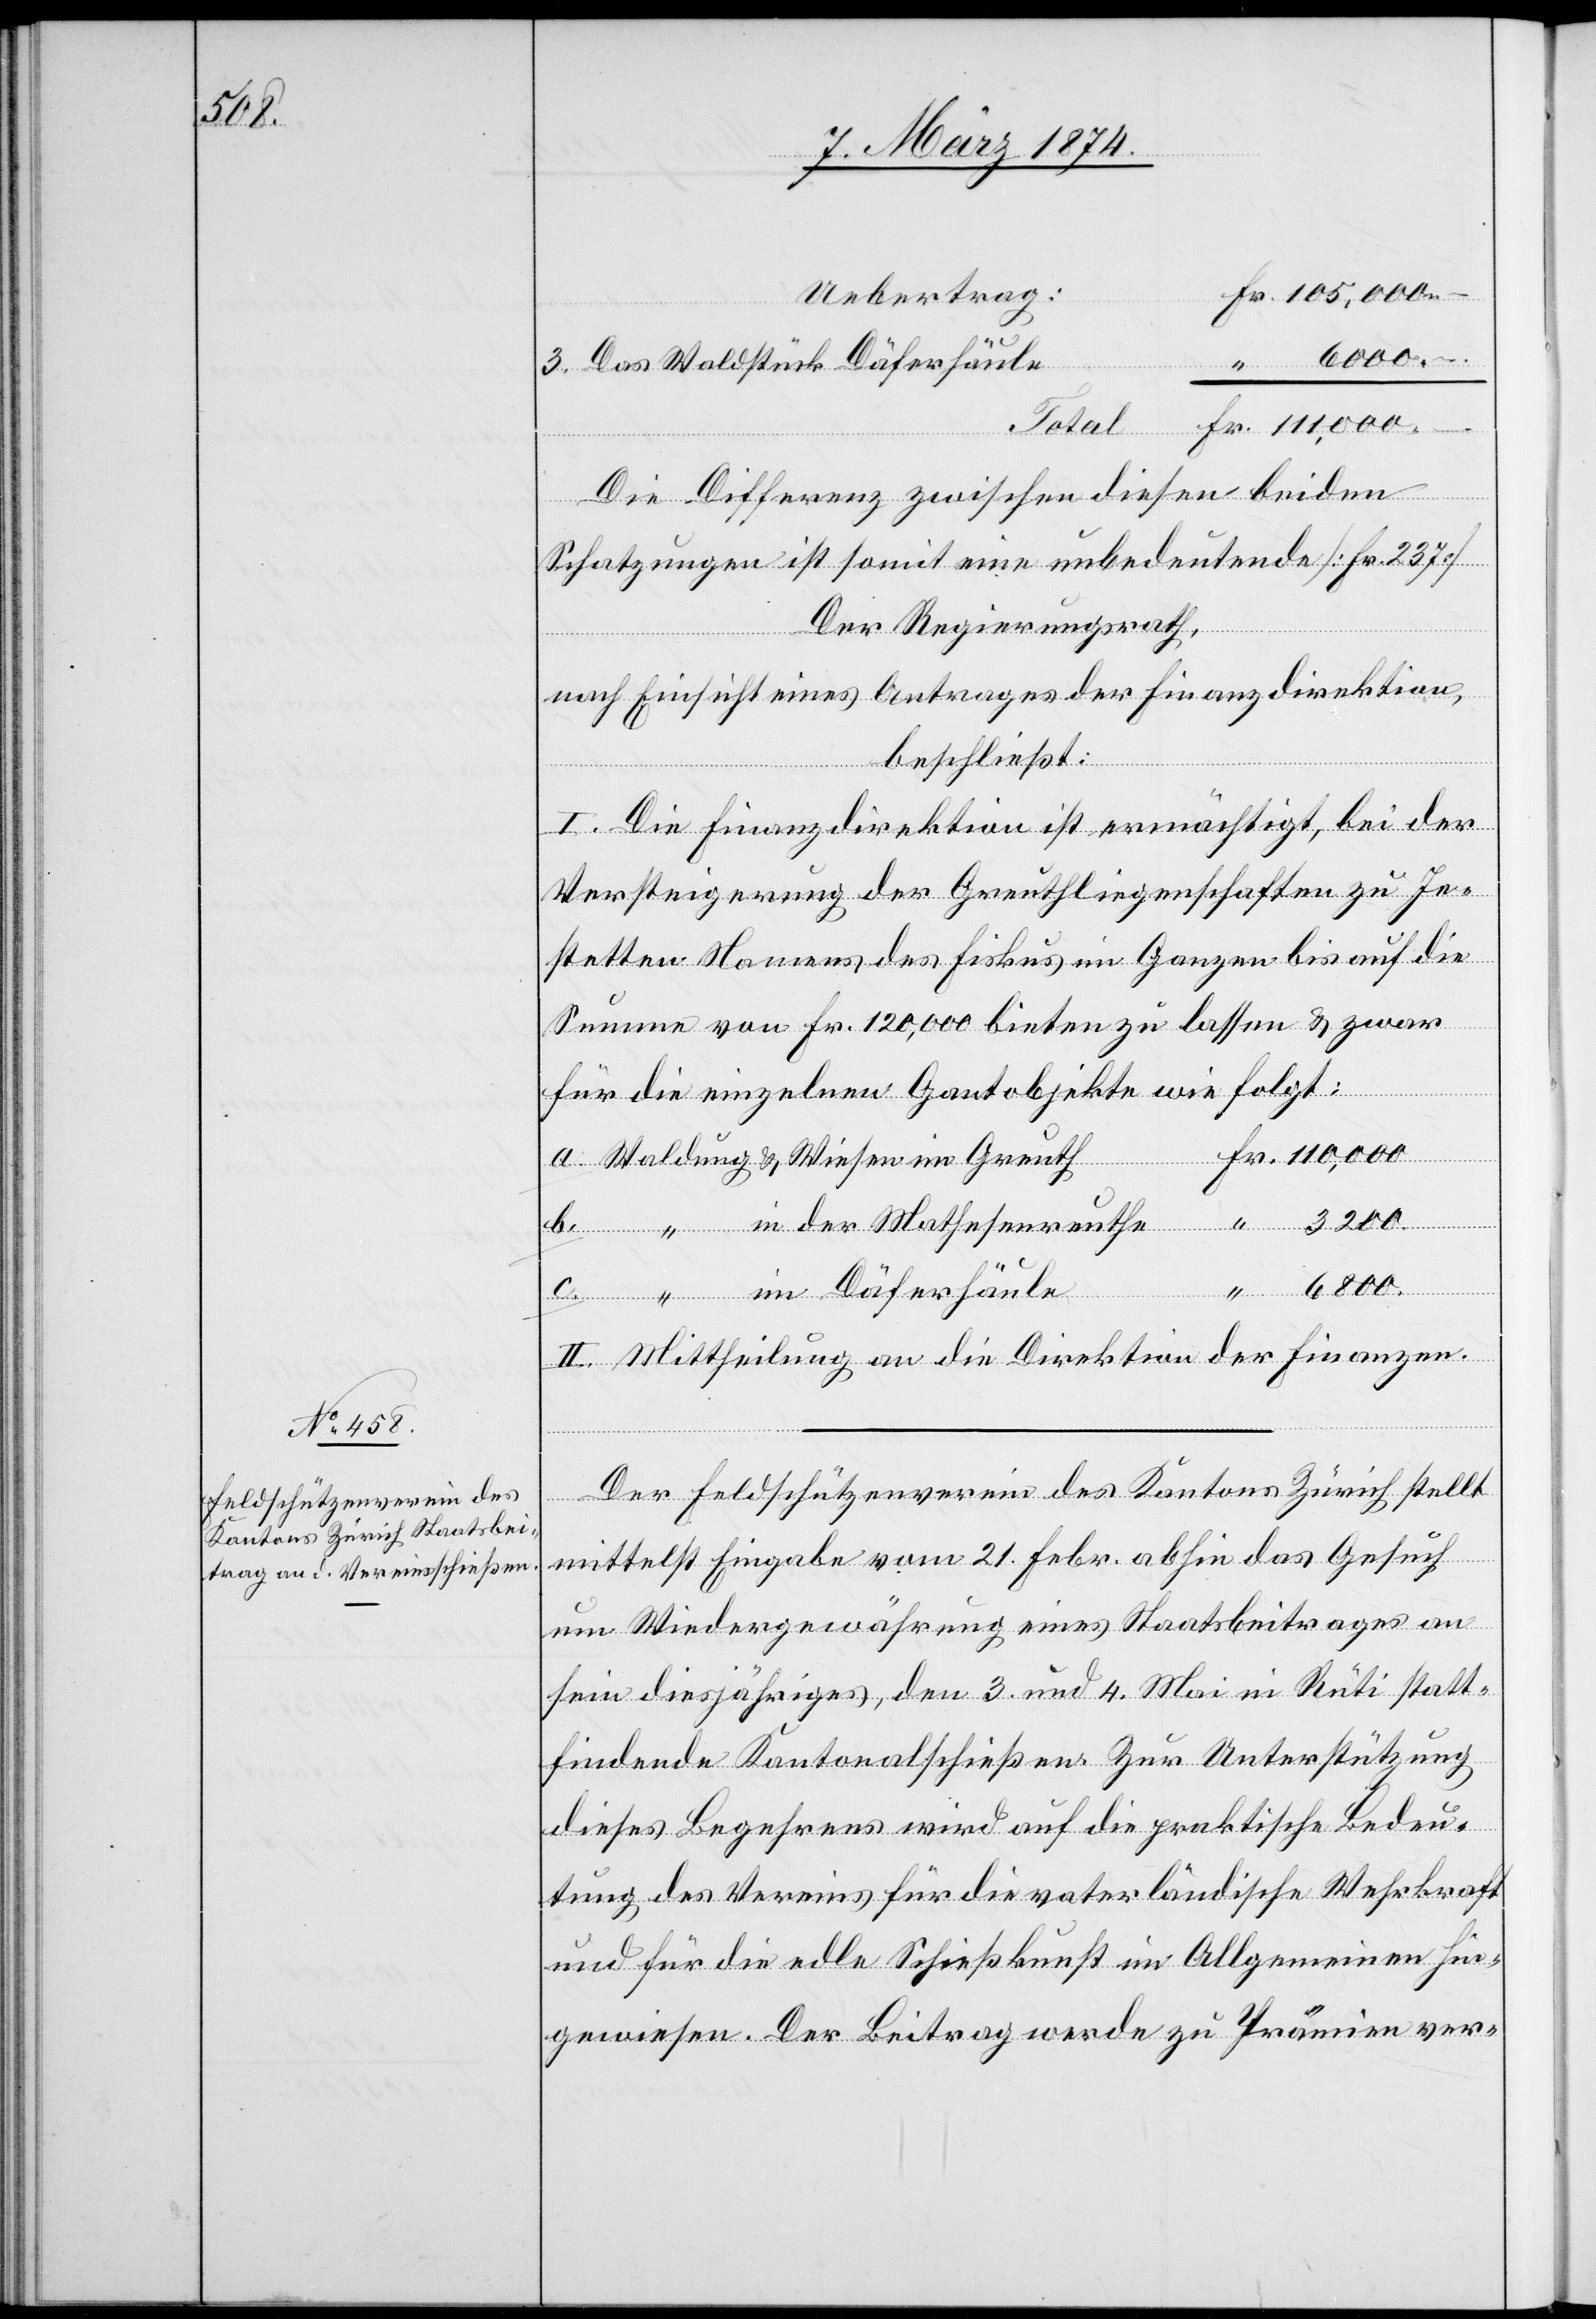
c.

“ 6000.–
3. Das Waldstück Däferhäul¬
Die Differenz zwischen diesen beiden
Schatzungen ist somit eine unbedeutende [Fr. 237]
Der Regierungsrath,
nach Einsicht eines Antrages der Finanzdirektion,
beschließt:
I. Die Finanzdirektion ist ermächtigt, bei der
Versteigerung der Greuthliegenschaften zu Je¬
stetten Namens des Fiskus im Ganzen bis auf die
Summe von Fr. 120,000 bieten zu lassen u. zwar
für die einzelnen Gantobjekte wie folgt:
im
3200
in der Mathesenreuthe
6800
in Däferhäule
II. Mittheilung an die Direktion der Finanzen.
Der Feldschützenverein des Kantons Zürich stellt
mittelst Eingabe vom 21. Febr. abhin das Gesuch
um Wiedergewährung eines Staatsbeitrages an
sein diesjähriges, den 3. und 4. Mai in Rüti statt¬
findende Kantonalschießen. Zur Unterstützung
dieses Begehrens wird auf die praktische Bedeu¬
tung des Vereins für die vaterländische Wehrkraft
und für die edle Schießkunst im Allgemeinen hin¬
gewiesen. Der Beitrag werde zu Prämien ver-